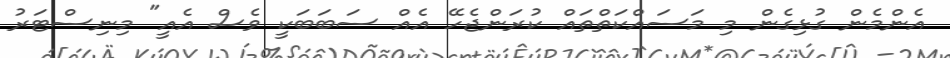
އެންމެން ގުޅިގެން މި މަސައްކަތްތައް ކުރަންޖެހޭ އެއް ސަބަބަކީ ވެސް އެއީ" މިނިސްޓަރު